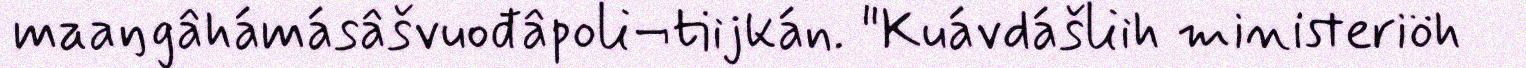
maaŋgâhámásâšvuođâpoli¬tiijkán. "Kuávdášliih ministeriöh